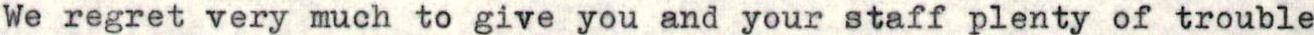
We regret very much to give you and your staff plenty of trouble